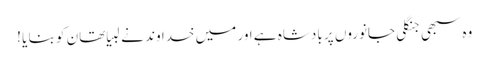
وہ سبھی جنگلی جانوروں پر بادشاہ ہے اور میں خدا وند نے لبیا تھان کو بنا یا !